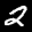
Label: 2